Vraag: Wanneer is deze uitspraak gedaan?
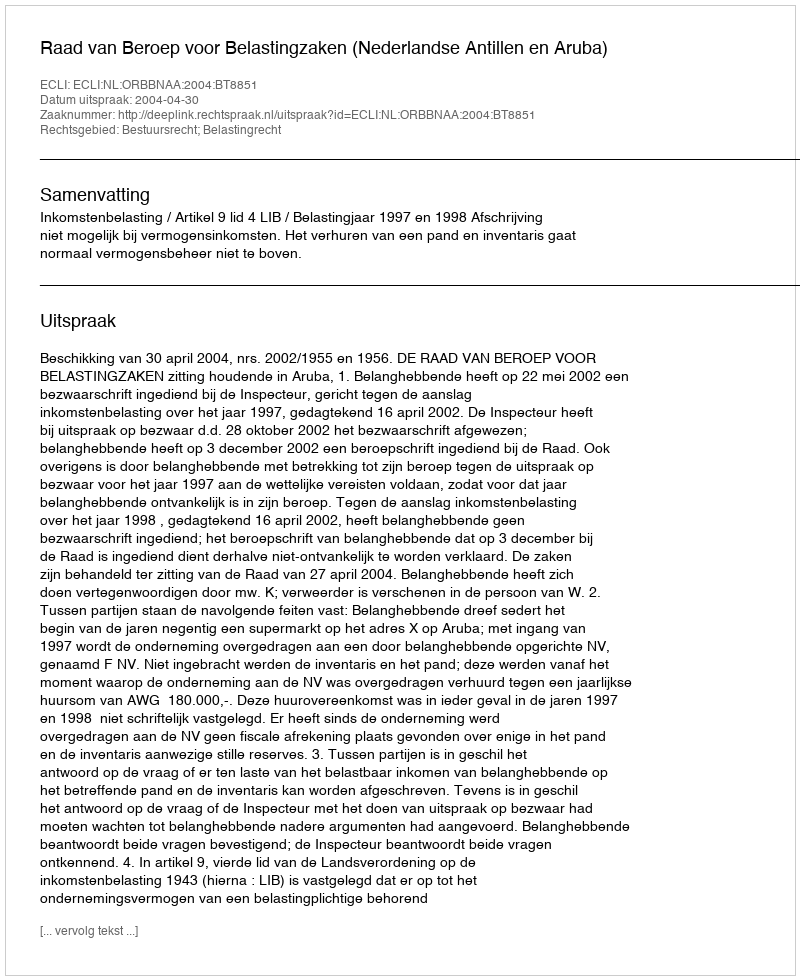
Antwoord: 2004-04-30